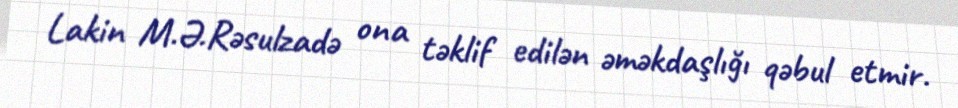
Lakin M.Ə.Rəsulzadə ona təklif edilən əməkdaşlığı qəbul etmir.